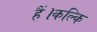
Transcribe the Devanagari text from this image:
हैं।कल्कि